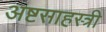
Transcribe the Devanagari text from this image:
अष्टसाहस्त्री